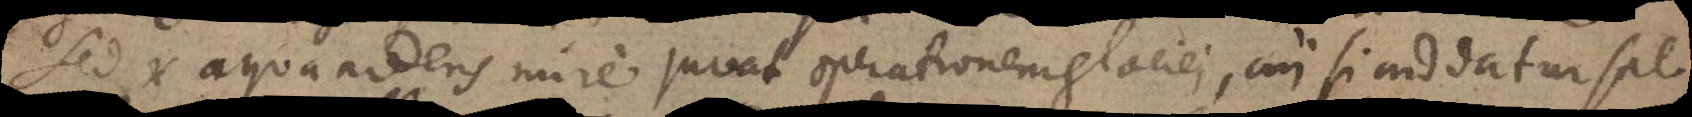
Sed et aqua ardens mire juvat operationem glaciei, cui si addatur sal